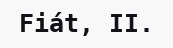
Fiát, II.